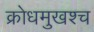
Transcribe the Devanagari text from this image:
क्रोधमुखश्च